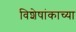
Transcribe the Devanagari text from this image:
विशेषांकाच्या